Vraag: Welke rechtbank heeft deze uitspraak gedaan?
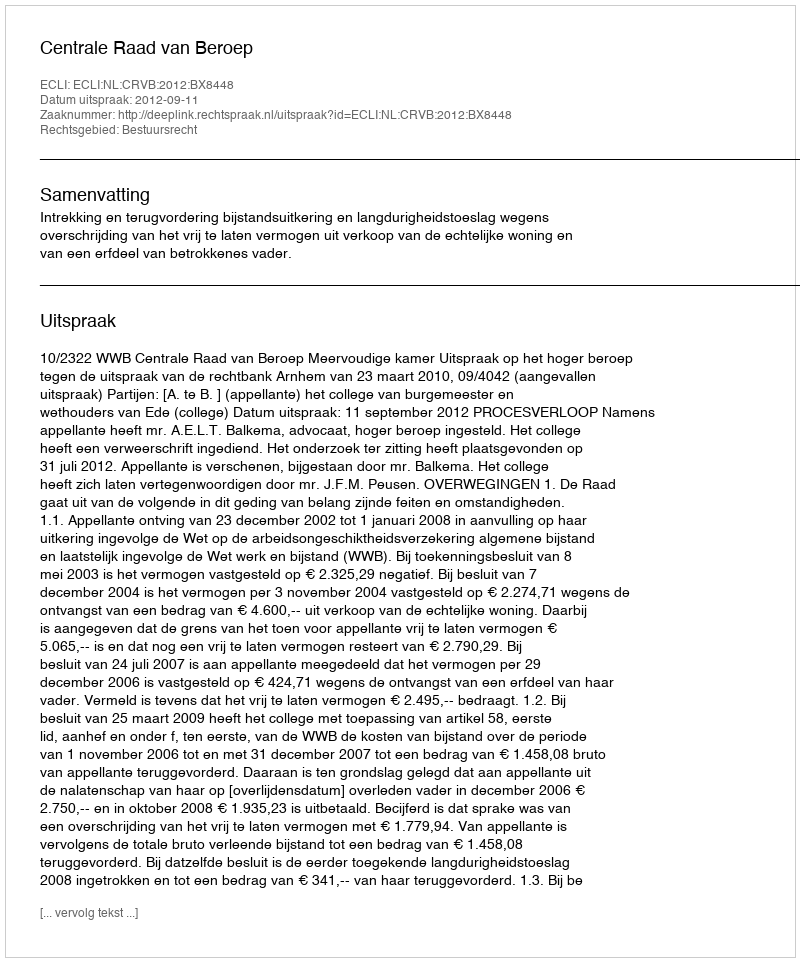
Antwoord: Centrale Raad van Beroep